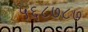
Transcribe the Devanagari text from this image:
५६८७८७